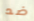
ضد